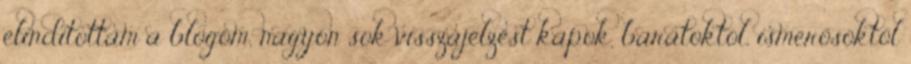
elindítottam a blogom, nagyon sok visszajelzést kapok, barátoktól, ismerősöktől